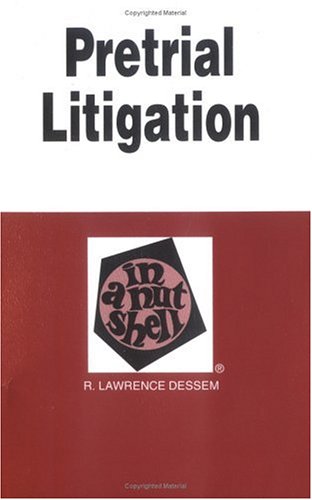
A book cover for Dessem's Pretrial Litigation in a Nutshell (Nutshell Series); R. Lawrence Dessem; Law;